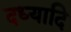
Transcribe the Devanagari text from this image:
दध्यादि